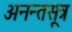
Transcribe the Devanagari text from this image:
अनन्तसूत्र